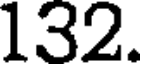
132.